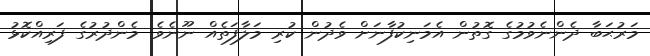
މަރުޙަބާ ދެންނެވުމުގެ ގޮތުން އެމަނިކުފާނަށް ވެދުން ކުރި މަލާފަތެއް ނޫނެވެ. މެންދުރުގެ ފަރިއްކޮޅު